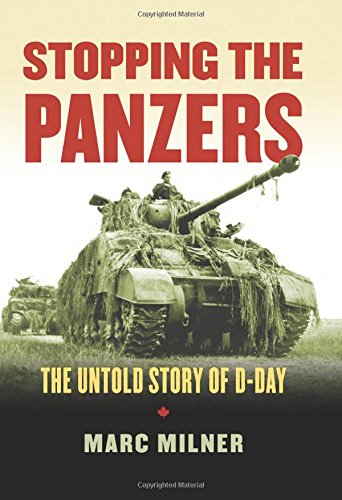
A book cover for Stopping the Panzers: The Untold Story of D-Day (Modern War Studies); Marc Milner; History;